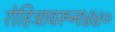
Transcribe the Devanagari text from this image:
रोहित्रावरून४४०